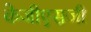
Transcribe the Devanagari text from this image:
केजीएसजी